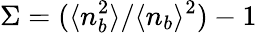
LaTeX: \Sigma=(\langle n_{b}^{2}\rangle/\langle n_{b}\rangle^{2})-1